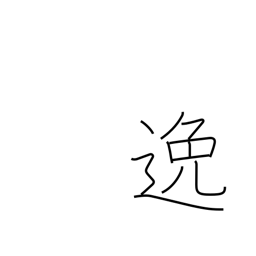
Meaning: elude